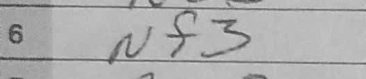
Transcription: Nf3